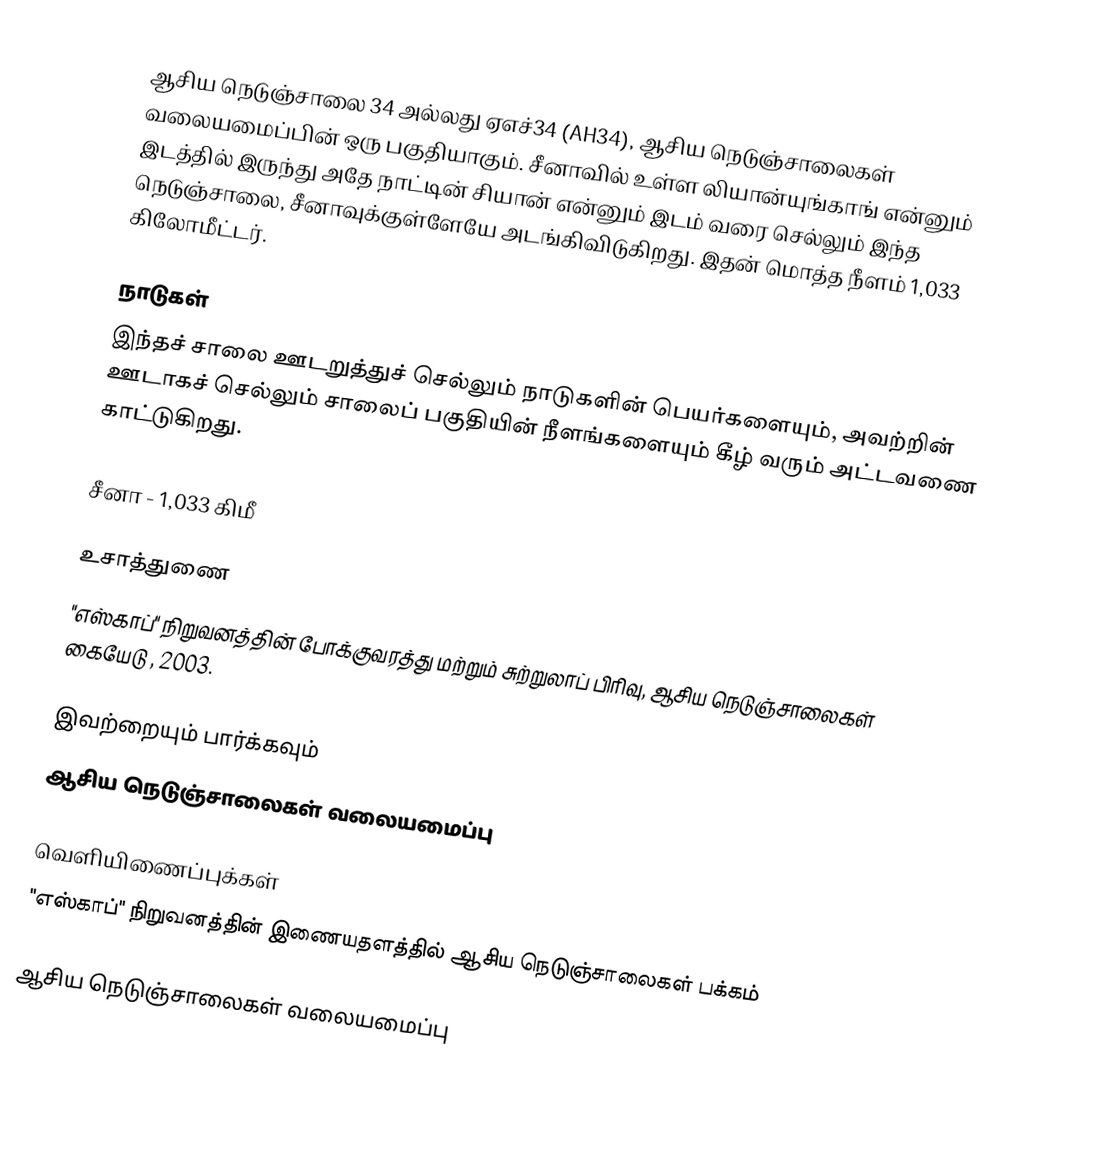
ஆசிய நெடுஞ்சாலை 34 அல்லது ஏஎச்34 (AH34), ஆசிய நெடுஞ்சாலைகள் வலையமைப்பின் ஒரு பகுதியாகும். சீனாவில் உள்ள லியான்யுங்காங் என்னும் இடத்தில் இருந்து அதே நாட்டின் சியான் என்னும் இடம் வரை செல்லும் இந்த நெடுஞ்சாலை, சீனாவுக்குள்ளேயே அடங்கிவிடுகிறது. இதன் மொத்த நீளம் 1,033 கிலோமீட்டர்.

நாடுகள்
இந்தச் சாலை ஊடறுத்துச் செல்லும் நாடுகளின் பெயர்களையும், அவற்றின் ஊடாகச் செல்லும் சாலைப் பகுதியின் நீளங்களையும் கீழ் வரும் அட்டவணை காட்டுகிறது.

 சீனா - 1,033 கிமீ

உசாத்துணை
 "எஸ்காப்" நிறுவனத்தின் போக்குவரத்து மற்றும் சுற்றுலாப் பிரிவு, ஆசிய நெடுஞ்சாலைகள் கையேடு , 2003.

இவற்றையும் பார்க்கவும்
 ஆசிய நெடுஞ்சாலைகள் வலையமைப்பு

வெளியிணைப்புக்கள்
 "எஸ்காப்" நிறுவனத்தின் இணையதளத்தில் ஆசிய நெடுஞ்சாலைகள் பக்கம்

 ஆசிய நெடுஞ்சாலைகள் வலையமைப்பு